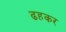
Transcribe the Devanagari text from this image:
ढहकर